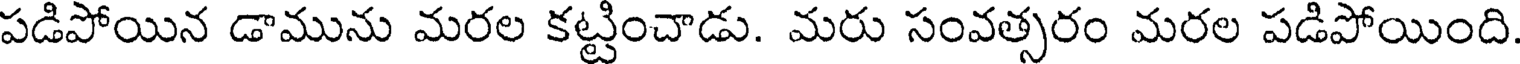
పడిపోయిన డామును మరల కట్టించాడు. మరు సంవత్సరం మరల పడిపోయింది